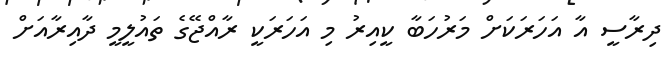
ދިރާސީ އާ އަހަރަކަށް މަރުހަބާ ކީއިރު މި އަހަރަކީ ރާއްޖޭގެ ތައުލީމީ ދާއިރާއަށް